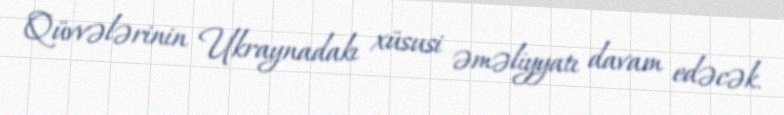
Qüvvələrinin Ukraynadakı xüsusi əməliyyatı davam edəcək.